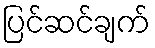
ပြင်ဆင်ချက်